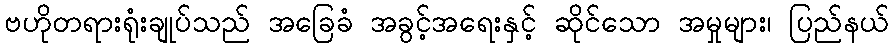
ဗဟိုတရားရုံးချုပ်သည် အခြေခံ အခွင့်အရေးနှင့် ဆိုင်သော အမှုများ၊ ပြည်နယ်